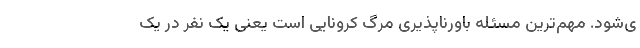
ی‌شود. مهم‌ترین مسئله باورناپذیری مرگ کرونایی است یعنی یک نفر در یک